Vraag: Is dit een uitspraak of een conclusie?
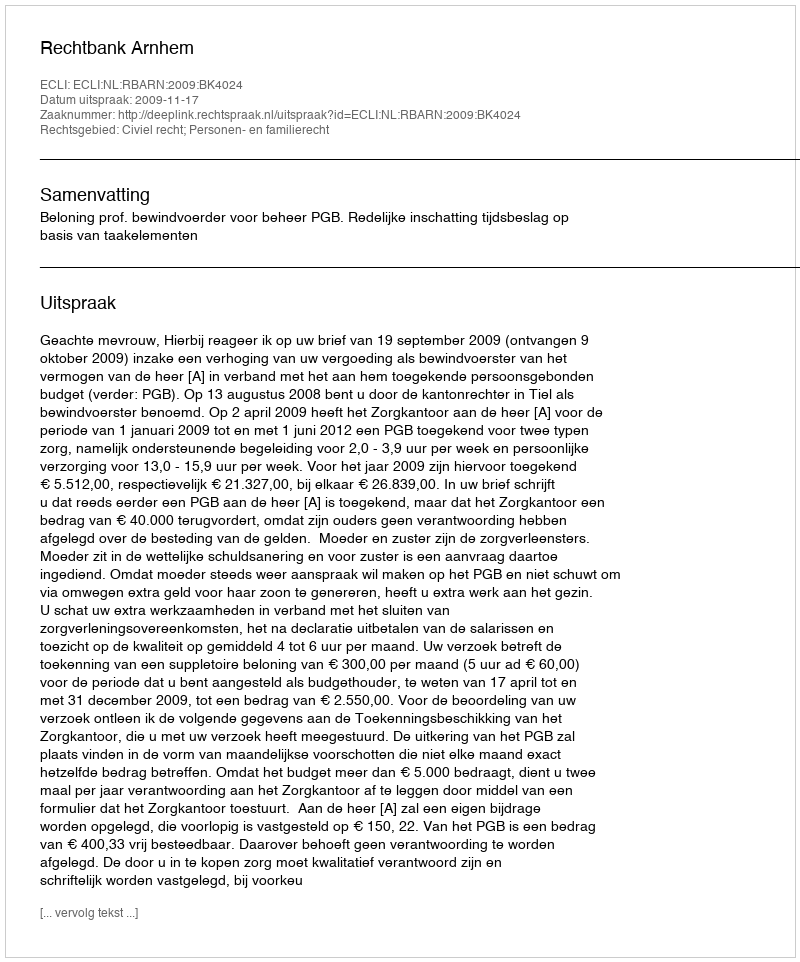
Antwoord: Uitspraak